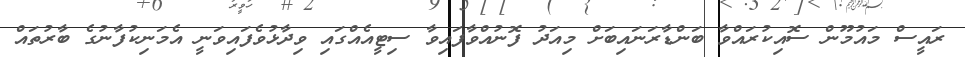
ރައީސް މައުމޫން ސޮއިކުރައްވާ ބަންޑާރަނައިބަށް މިއަދު ފޮނުއްވާފައިވާ ސިޓީއެއްގައި ވިދާޅުވެފައިވަނީ އެމަނިކުފާނުގެ ބާރުތައް